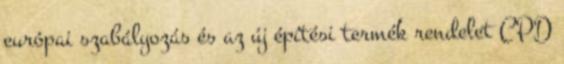
európai szabályozás és az új építési termék rendelet CPD